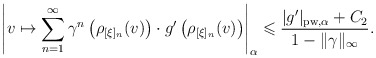
\begin{align*}\left| v \mapsto \sum _{n=1} ^\infty \gamma ^n \left( \rho _{[\xi] _n} (v) \right) \cdot g' \left( \rho _{[\xi] _n} (v) \right) \right| _\alpha \leqslant \frac{ | g' | _{\mathrm{pw}, \alpha} + C _2 }{1 - \| \gamma \| _\infty} . \end{align*}